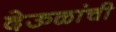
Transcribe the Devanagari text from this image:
देऊळांची